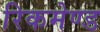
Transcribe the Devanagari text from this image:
रिकमेण्ड